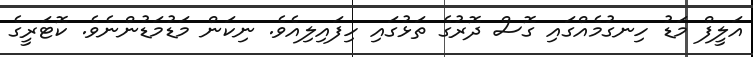
އަލީފް މަޑު ހިނގުމެއްގައި ގޮސް ދޮރުގެ ތަޅުގައި ހިފައިލިއެވެ. ނިކަން މަޑުމަޑުންނެވެ. ކޮޓަރީގެ